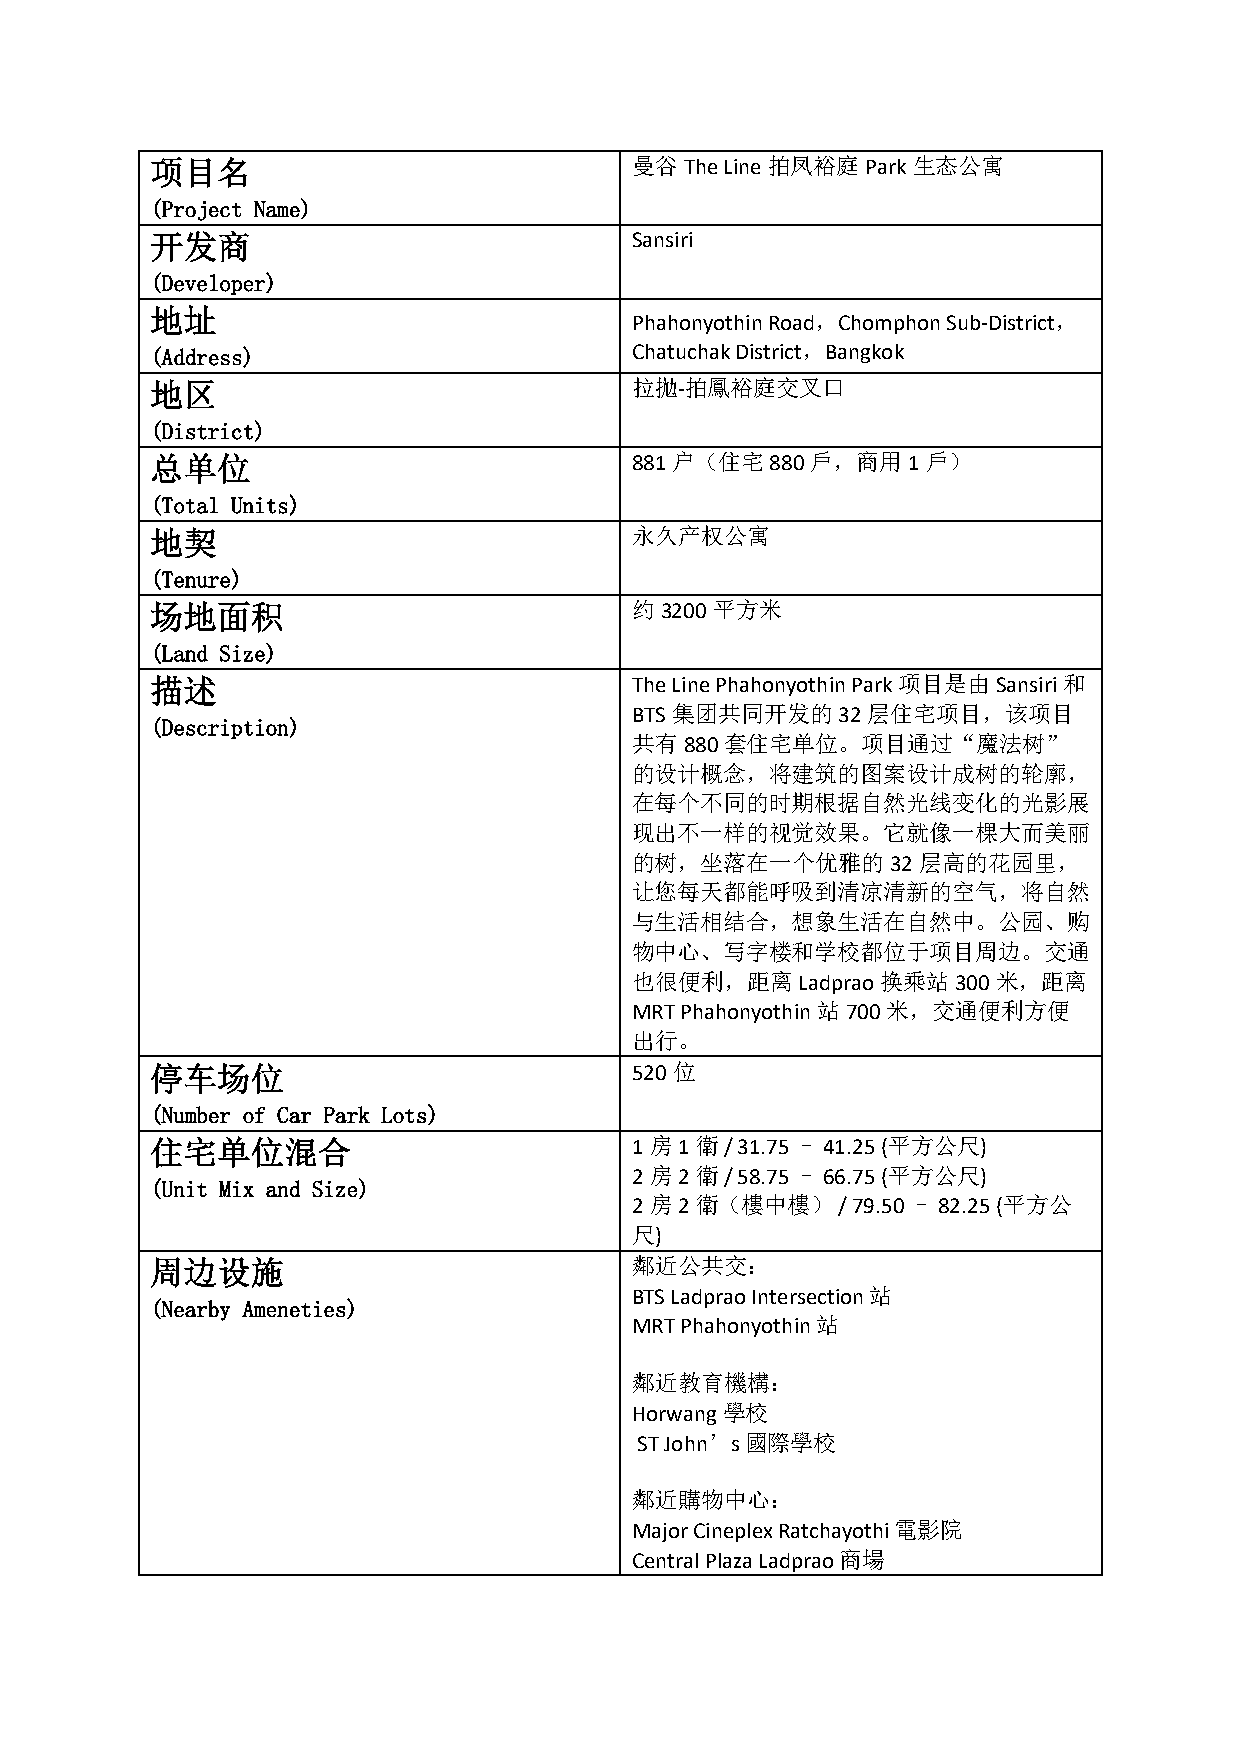
项目名                             曼谷The Line拍凤裕庭Park生态公寓
 (Project Name)
 开发商                             Sansiri
 (Developer)
 地址
 Phahonyothin Road，Chomphon Sub-District，
 (Address)                       Chatuchak District，Bangkok
 地区                              拉拋-拍鳳裕庭交叉口
 (District)
 总单位                             881 户（住宅880戶，商用1戶）
 (Total Units)
 地契                              永久产权公寓
 (Tenure)
 场地面积                            约3200平方米
 (Land Size)
 描述                              The Line Phahonyothin Park项目是由Sansiri和
 BTS集团共同开发的32层住宅项目，该项目
 (Description)
 共有880套住宅单位。项目通过“魔法树”
 的设计概念，将建筑的图案设计成树的轮廓，
 在每个不同的时期根据自然光线变化的光影展
 现出不一样的视觉效果。它就像一棵大而美丽
 的树，坐落在一个优雅的32层高的花园里，
 让您每天都能呼吸到清凉清新的空气，将自然
 与生活相结合，想象生活在自然中。公园、购
 物中心、写字楼和学校都位于项目周边。交通
 也很便利，距离Ladprao换乘站300米，距离
 MRT Phahonyothin站700米，交通便利方便
 出行。
 停车场位                            520位
 (Number of Car Park Lots)
 住宅单位混合                          1房1衛  / 31.75 – 41.25 (平方公尺)
 2房2衛  / 58.75 – 66.75 (平方公尺)
 (Unit Mix and Size)
 2房2衛（樓中樓）    / 79.50 – 82.25 (平方公
 尺)
 周边设施                            鄰近公共交：
 BTS Ladprao Intersection 站
 (Nearby Ameneties)
 MRT Phahonyothin 站
 鄰近教育機構：
 Horwang學校
 ST John’s 國際學校
 鄰近購物中心：
 Major Cineplex Ratchayothi 電影院
 Central Plaza Ladprao 商場